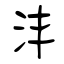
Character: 沣